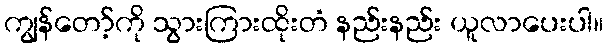
ကျွန်တော့်ကို သွားကြားထိုးတံ နည်းနည်း ယူလာပေးပါ။